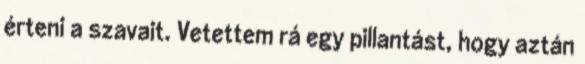
érteni a szavait. Vetettem rá egy pillantást, hogy aztán